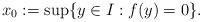
LaTeX: \begin{align*}x_0 := \sup\{y \in I : f(y) = 0\}.\end{align*}